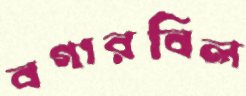
বগারবিল